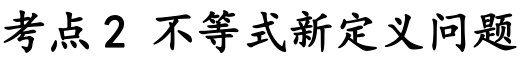
考点2 不等式新定义问题